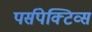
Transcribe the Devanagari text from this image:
पर्सपेक्टिव्स